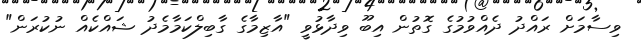
ވިސާމަށް ރައްދު ދެއްވުމުގެ ގޮތުން އިބޫ ވިދާޅުވީ "އާޒިމާގެ ގާބިލްކަމާމެދު ޝައްކެއް ނުކުރަން"